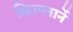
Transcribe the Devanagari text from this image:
किल्लार्ने